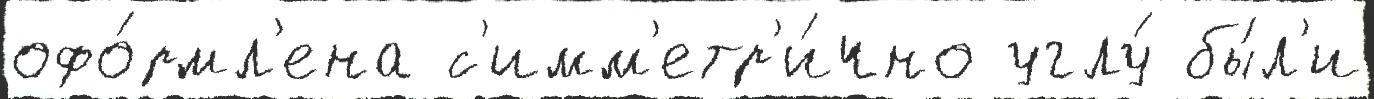
офо́рмл'ена с'имм'етр'и́чно углу́ бы́л'и